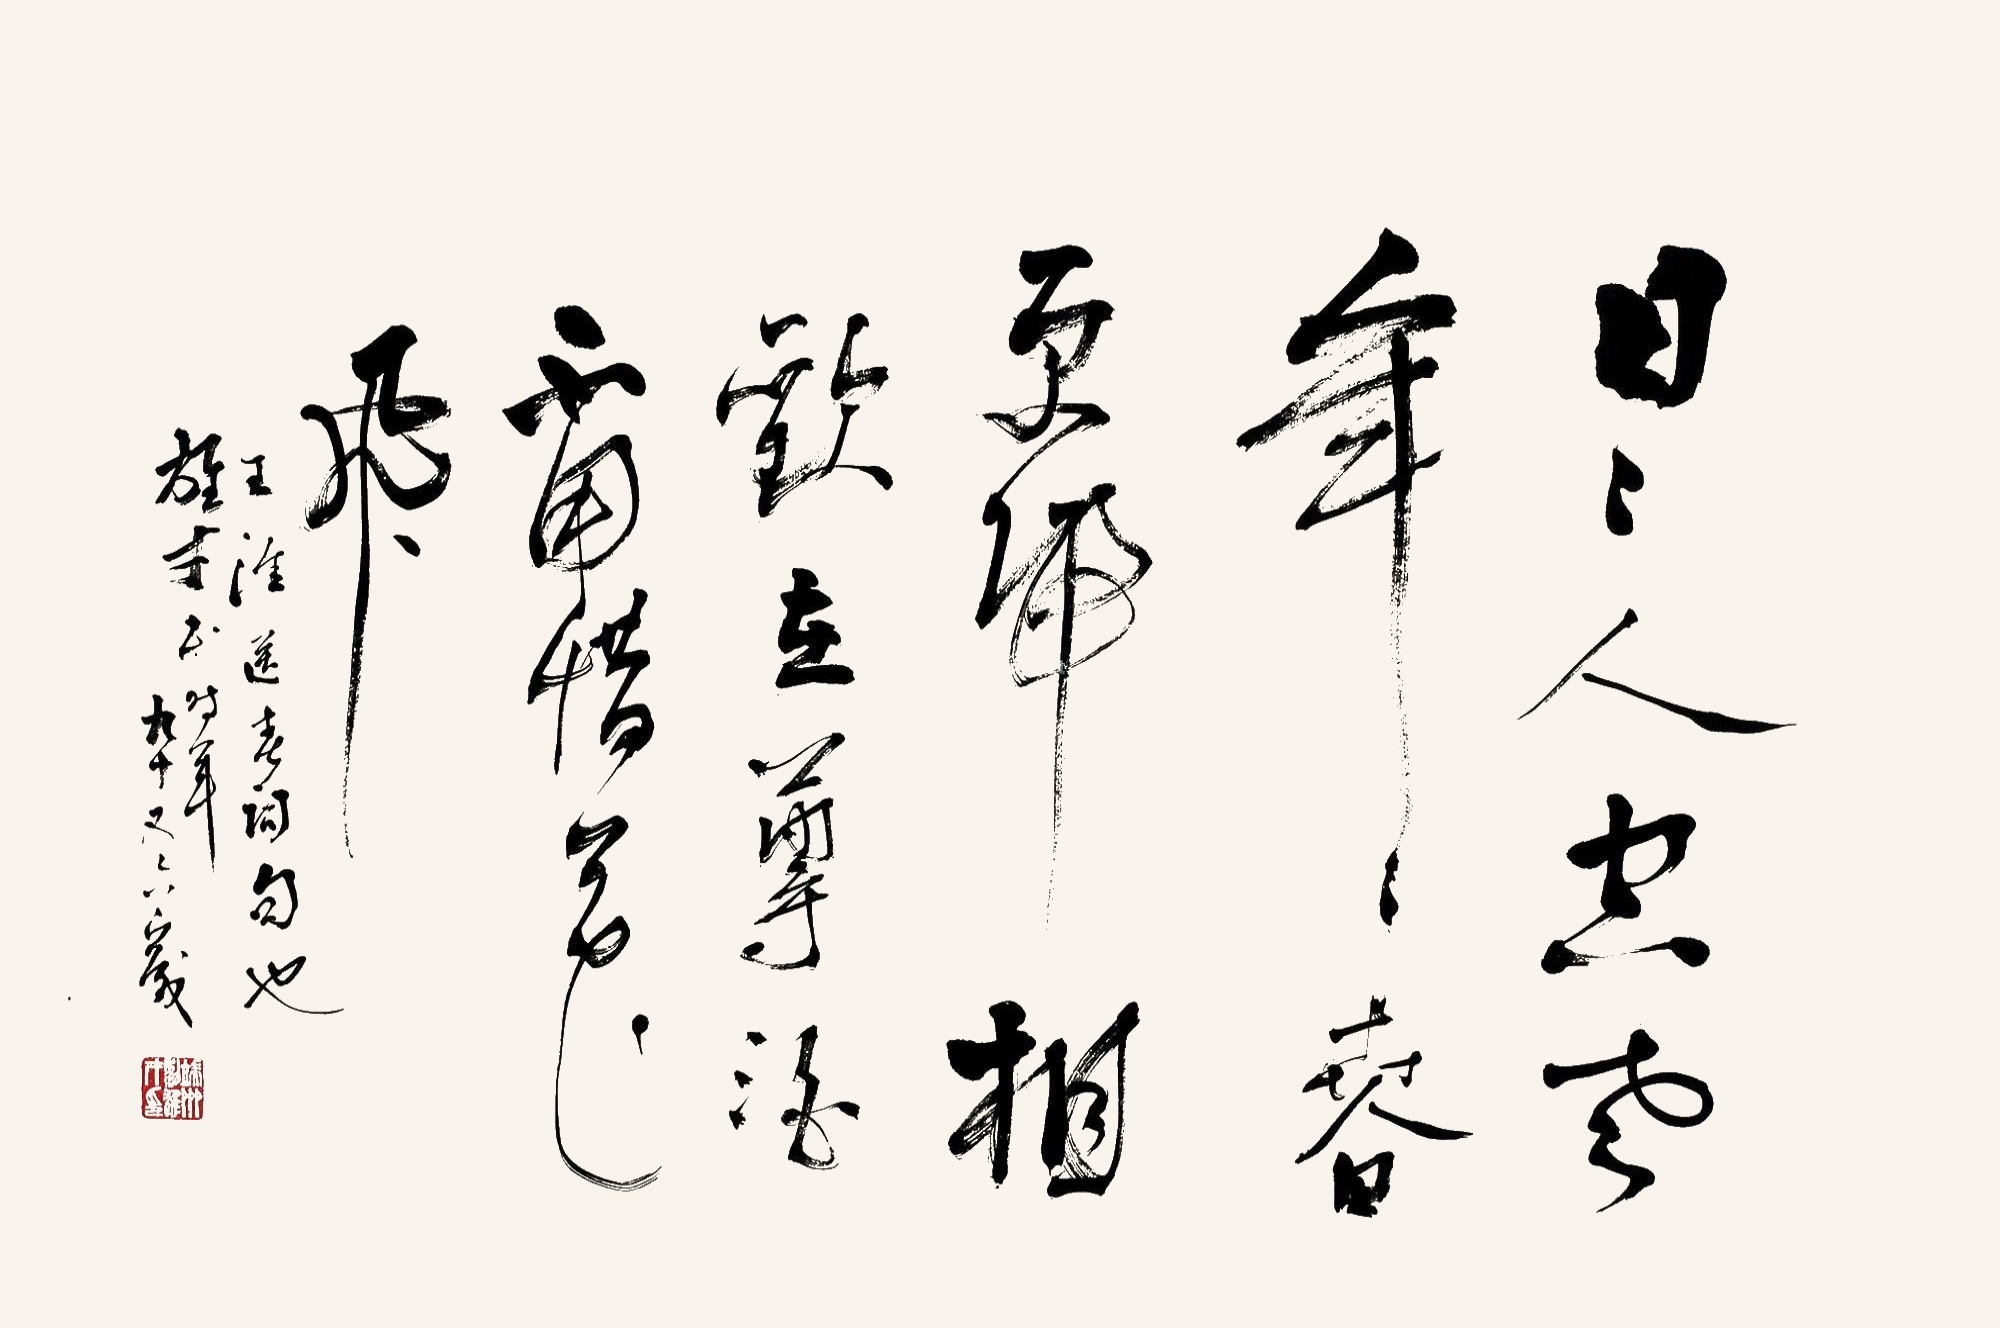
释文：日日人空老，年年春更归。相欢在尊酒，不用惜花飞。王涯送春词句也。雄才书时年九十又六岁。